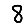
Digit: 8